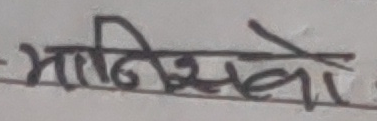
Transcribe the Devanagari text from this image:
मानिसहरुको